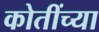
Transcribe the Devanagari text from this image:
कोतींच्या